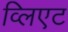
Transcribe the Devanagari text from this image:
व्लिएट